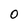
Character: O